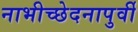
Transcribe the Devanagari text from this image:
नाभीच्छेदनापुर्वी